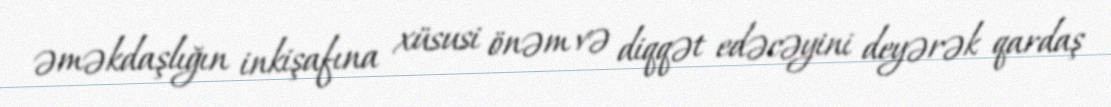
əməkdaşlığın inkişafına xüsusi önəm və diqqət edəcəyini deyərək qardaş